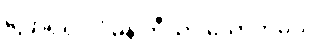
ပြောရရင် ပုံမှန် ဘီယာ သောက်မယ်။